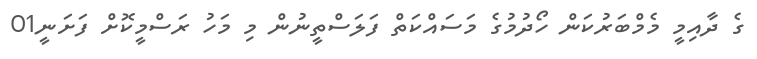
ގެ ދާއިމީ މެމްބަރުކަން ހޯދުމުގެ މަސައްކަތް ފަލަސްތީނުން މި މަހު ރަސްމީކޮށް ފަށަނީ01